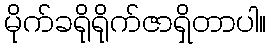
မိုက်ခရိုရိုက်ဇာရှိတာပါ။